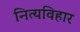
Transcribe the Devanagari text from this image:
नित्यविहार